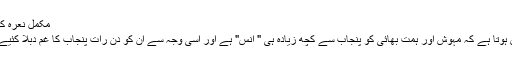
مکمل نعرہ کچھ یوں ہے:
ایسا محسوس ہوتا ہے کہ مہوش اور ہمت بھائی کو پنجاب سے کچھ زیادہ ہی " اُنس" ہے اور اسی وجہ سے ان کو دن رات پنجاب کا غم دبلا کئیے جا رہا ہے۔